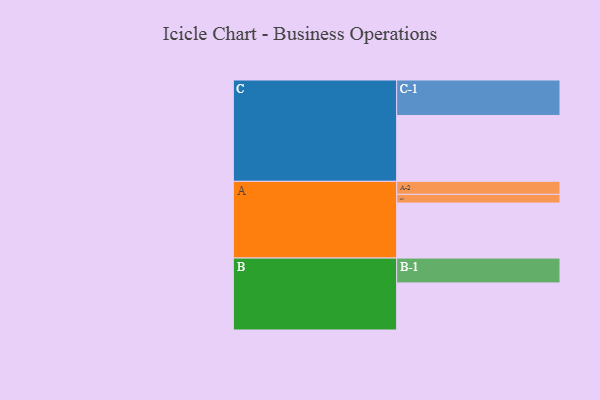
{"axis": {"x": "Segment", "y": "Value"}, "legend": ["", "A", "B", "C"], "data": [{"x": "A", "y": 436, "type": ""}, {"x": "B", "y": 373, "type": ""}, {"x": "C", "y": 522, "type": ""}, {"x": "A-1", "y": 69, "type": "A"}, {"x": "A-2", "y": 103, "type": "A"}, {"x": "B-1", "y": 197, "type": "B"}, {"x": "C-1", "y": 281, "type": "C"}]}